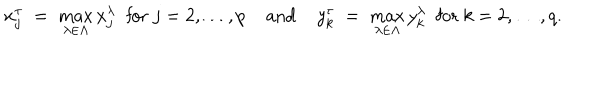
LaTeX: x _ { j } ^ { \tau } \; = \; \max _ { \lambda \in \Lambda } x _ { j } ^ { \lambda } \; { \mathrm { ~ f o r ~ } } j = 2 , \ldots , p \; { \mathrm { a n d } } \; y _ { k } ^ { \tau } \; = \; \max _ { \lambda \in \Lambda } y _ { k } ^ { \lambda } \; { \mathrm { ~ f o r ~ } } k = 2 , \ldots , q .